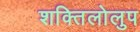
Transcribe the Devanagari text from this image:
शक्तिलोलुप